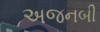
અજનબી